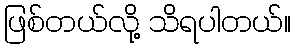
ဖြစ်တယ်လို့ သိရပါတယ်။